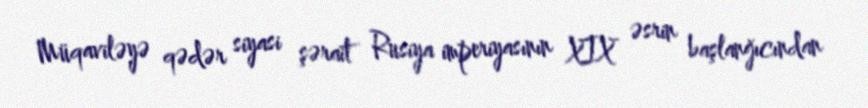
Müqaviləyə qədər siyasi şərait Rusiya imperiyasının XIX əsrin başlanğıcından